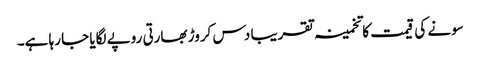
سونے کی قیمت کا تخمینہ تقریبا دس کروڑ بھارتی روپے لگایا جا رہا ہے۔